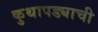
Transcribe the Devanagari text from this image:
कुथापड्याची